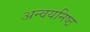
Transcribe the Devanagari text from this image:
अन्वयनिष्ठ